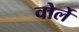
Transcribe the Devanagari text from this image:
वोर्ले